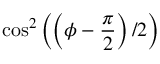
\cos ^ { 2 } \left( \left( \phi - \frac { \pi } { 2 } \right) / 2 \right)